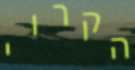
הקרוי